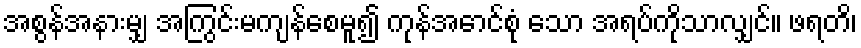
အစွန်အနားမျှ အကြွင်းမကျန်စေမူ၍ ကုန်အောင်စုံ သော အရပ်ကိုသာလျှင်။ ဖရတိ၊